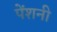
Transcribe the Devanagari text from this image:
पेंशनी